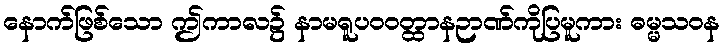
နောက်ဖြစ်သော ဤကာလ၌ နာမရူပဝဝတ္ထာနဉာဏ်ကိုပြမူကား ဓမ္မသဝန